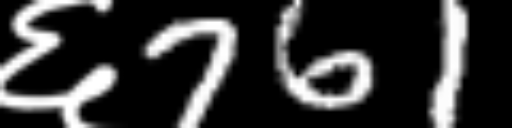
Text: ६761